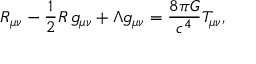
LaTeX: R _ { \mu \nu } - { \frac { 1 } { 2 } } R \, g _ { \mu \nu } + \Lambda g _ { \mu \nu } = { \frac { 8 \pi G } { c ^ { 4 } } } T _ { \mu \nu } ,